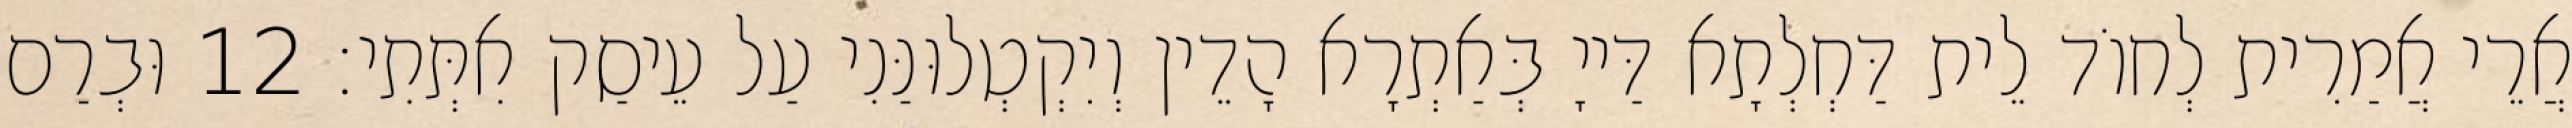
אֲרֵי אֲמַרִית לְחוֹד לֵית דַּחְלְתָא דַּייָ בְּאַתְרָא הָדֵין וְיִקְטְלוּנַּנִי עַל עֵיסַק אִתְּתִי׃ 12 וּבְרַם